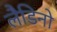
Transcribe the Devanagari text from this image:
लैडिनो